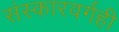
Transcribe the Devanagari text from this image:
संस्कारवर्गही